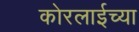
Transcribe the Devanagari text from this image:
कोरलाईच्या